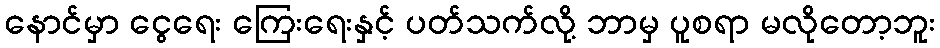
နောင်မှာ ငွေရေး ကြေးရေးနှင့် ပတ်သက်လို့ ဘာမှ ပူစရာ မလိုတော့ဘူး